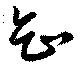
知